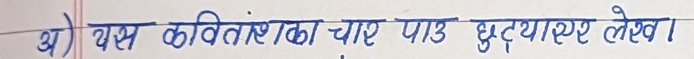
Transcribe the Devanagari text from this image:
अ) यस कविताका चार पाउ छुट्याएर लेखा।